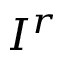
I ^ { r }